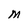
Character: M